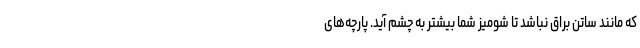
که مانند ساتن براق نباشد تا شومیز شما بیشتر به چشم آید. پارچه‌های